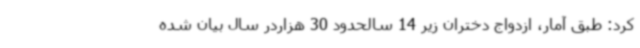
کرد: طبق آمار، ازدواج دختران زیر 14 سالحدود 30 هزاردر سال بیان شده